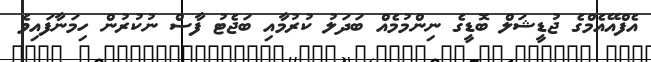
އެފްއޭއެމްގެ ޖުޑީޝަލް ބޮޑީގެ ނިންމުމެއް ބަދަލު ކުރުމާއި ބަޖެޓު ފާސް ނުކުރުން ހިމަނާފައިވެ